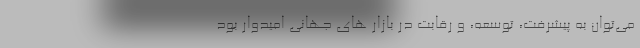
می‌توان به پیشرفت، توسعه، و رقابت در بازار های جهانی امیدوار بود